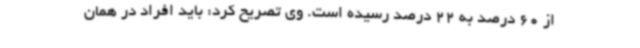
از 60 درصد به 22 درصد رسیده است. وی تصریح کرد: باید افراد در همان